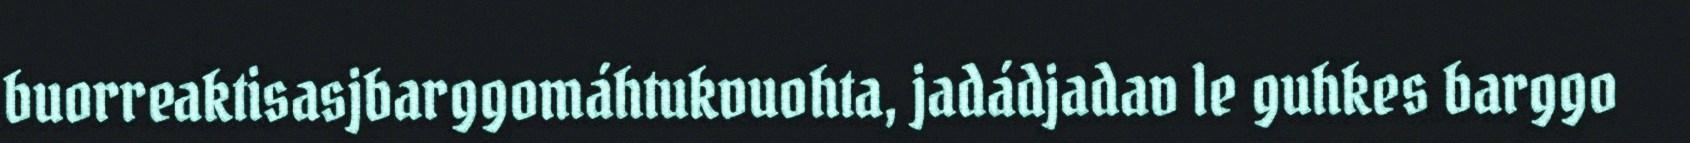
buorreaktisasjbarggomáhtukvuohta, jadádjadav le guhkes barggo